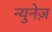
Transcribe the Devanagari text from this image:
न्युनेज़